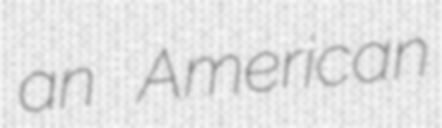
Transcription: an American